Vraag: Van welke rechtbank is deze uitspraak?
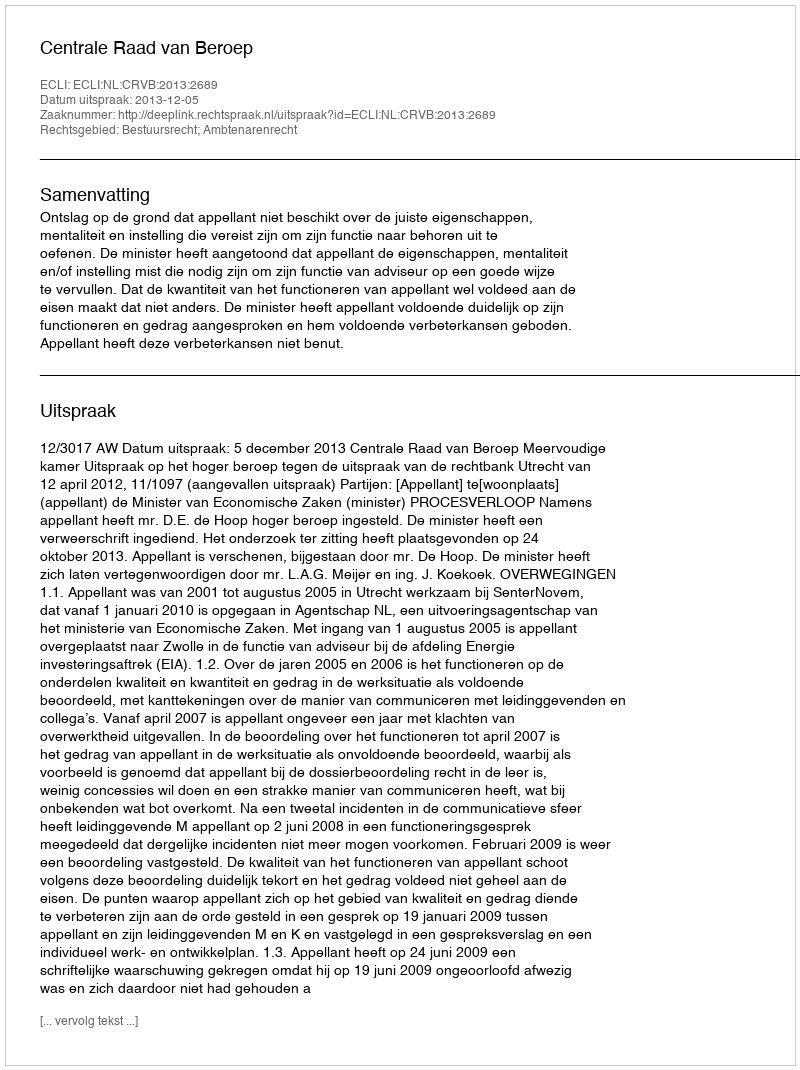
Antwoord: Centrale Raad van Beroep